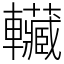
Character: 𰹬